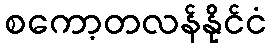
စကော့တလန်နိုင်ငံ